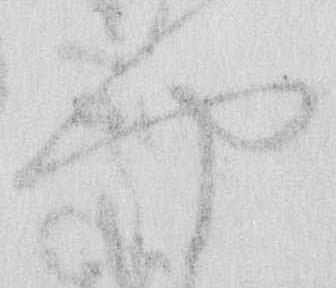
や